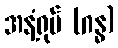
အနံ့ရုပ် (ဂန္ဓ)